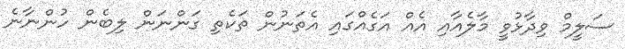
ސަލީމް ވިދާޅުވީ މާލެއާއި އެއް އަގެއްގައި އެތަނުން ތަކެތި ގަންނަން ލިބެން ހުންނާނެ